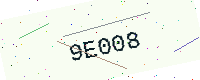
Text: 9E008